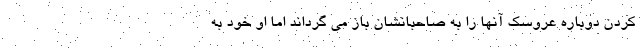
کردن دوباره عروسک آنها را به صاحبانشان باز می گرداند اما او خود به